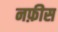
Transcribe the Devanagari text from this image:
नफ़ीस